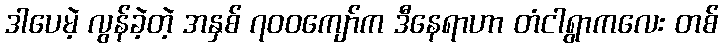
ဒါပေမဲ့ လွန်ခဲ့တဲ့ အနှစ် ၇၀၀ကျော်က ဒီနေရာဟာ တံငါရွာကလေး တစ်